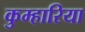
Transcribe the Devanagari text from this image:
कुम्हारिया